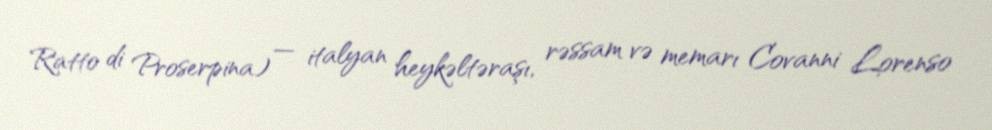
Ratto di Proserpina) — italyan heykəltəraşı, rəssam və memarı Covanni Lorenso